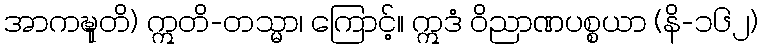
အာကဍ္ဎုတိ) ဣတိ-တသ္မာ၊ ကြောင့်။ ဣဒံ ဝိညာဏပစ္စယာ (နိ-၁၆၂)